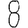
Digit: 8